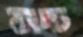
সচ্চ